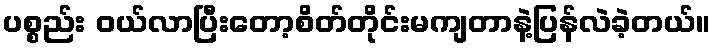
ပစ္စည်း ဝယ်လာပြီးတော့စိတ်တိုင်းမကျတာနဲ့ပြန်လဲခဲ့တယ်။